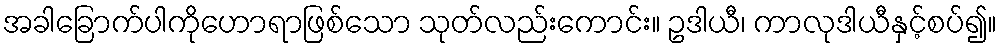
အခါခြောက်ပါကိုဟောရာဖြစ်သော သုတ်လည်းကောင်း။ ဥဒါယီ၊ ကာလုဒါယီနှင့်စပ်၍။